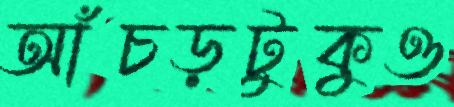
আঁচড়টুকুও